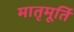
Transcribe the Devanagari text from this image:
मातृमूर्ति